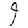
Digit: 9